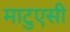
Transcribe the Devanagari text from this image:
माटुएसी